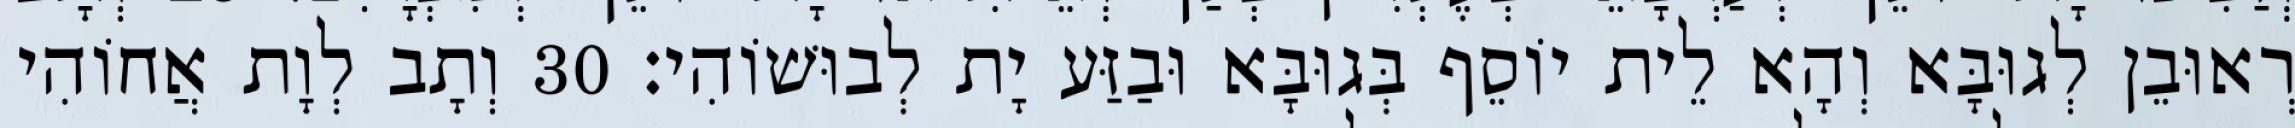
רְאוּבֵן לְגוּבָּא וְהָא לֵית יוֹסֵף בְּגוּבָּא וּבַזַּע יָת לְבוּשׁוֹהִי׃ 30 וְתָב לְוָת אֲחוֹהִי